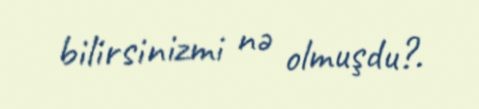
bilirsinizmi nə olmuşdu?.